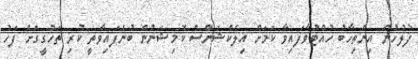
ފުލުހުން އިންތިހާބު ހުއްޓުވާފައިވާ ކަމަށް އިލެކްޝަންސް ކޮމިޝަނުން ބުނެފައިވާތީ ކުރި ތަހުގީގަށް ފަހު